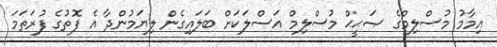
އިމާމު މުސްލިމްގެ ޞަޙީޙް މުސްލިމް އަސްލަކަށް ބަލައިގެން ލިޔަމުންދާ އެ ފޮތުގެ ފުރަތަމަ